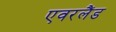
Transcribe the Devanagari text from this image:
एवरलैंड